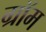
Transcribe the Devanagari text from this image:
ग्रॉम